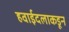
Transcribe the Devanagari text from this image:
हवाईदलाकडून